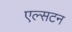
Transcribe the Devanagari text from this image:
एल्सटन